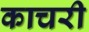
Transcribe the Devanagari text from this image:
काचरी